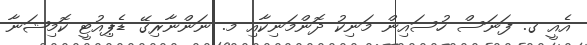
އެއީ ގ. ފަނަސް ހުސައިން މަނިކު ދޮންމަނިކާއި މ. ނަންނާރިގޭ ޑެޕިއުޓީ ކޮމިޝަނާ